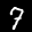
Label: 7